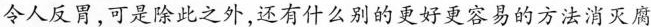
令人反胃，可是除此之外，还有什么别的更好更容易的方法消灭腐